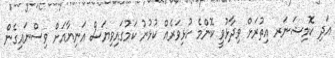
އަދި ކޮމިޝަނަރ އިތުރަށް ވިދާޅުވީ ކޮންމެ ކުޅިވަރެއް ކުޅުނު ކަމުގައިވިޔަސް އަނިޔާއަށް ވިސްނައިގެން